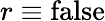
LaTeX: r\equiv\mathrm{false}